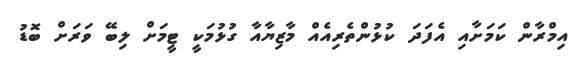
އިމްރާން ކަމަށާއި އެފަދަ ކުޅުންތެރިއެއް މާޒިޔާއާ ގުޅުމަކީ ޓީމަށް ލިބޭ ވަރަށް ބޮޑު